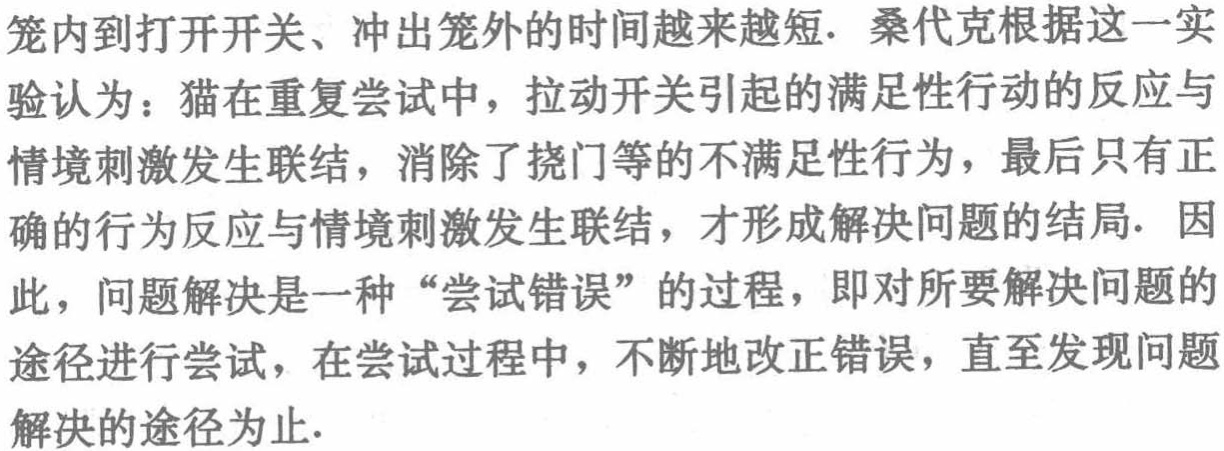
笼内到打开开关、冲出笼外的时间越来越短. 桑代克根据这一实验认为：猫在重复尝试中，拉动开关引起的满足性行为的反应与情境刺激发生联结，消除了挠门等的不满足性行为，最后只有正确的行为反应与情境刺激发生联结，才形成解决问题的结局. 因此，问题解决是一种“尝试错误”的过程，即对所要解决问题的途径进行尝试，在尝试过程中，不断地改正错误，直至发现问题解决的途径为止.